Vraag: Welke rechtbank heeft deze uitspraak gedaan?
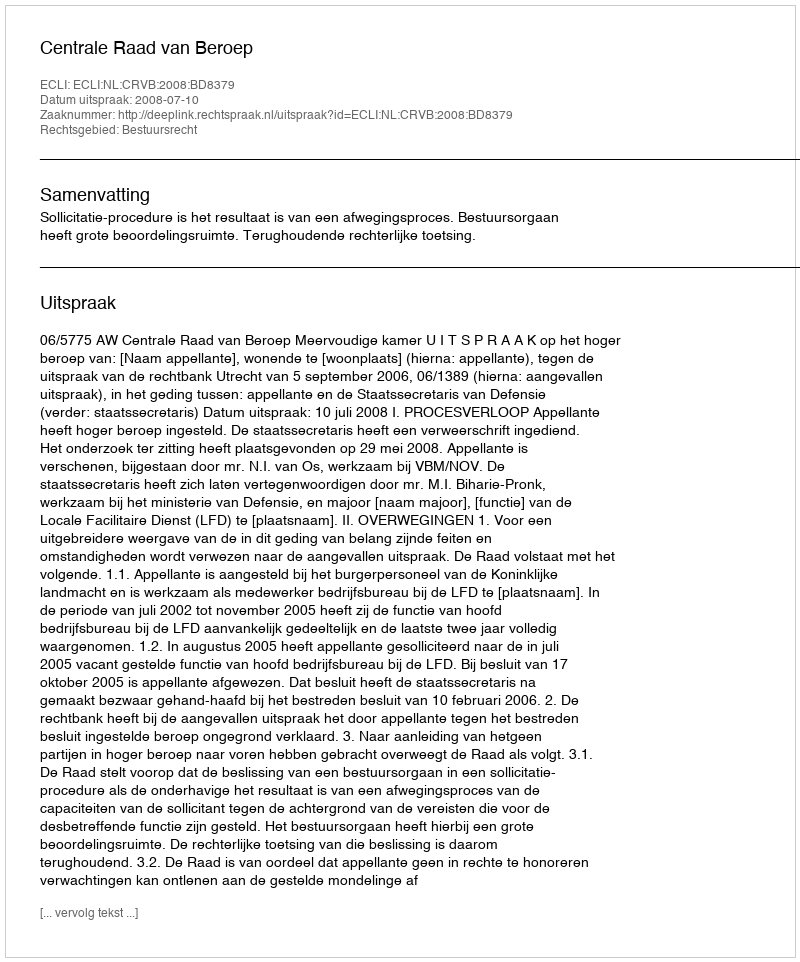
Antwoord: Centrale Raad van Beroep